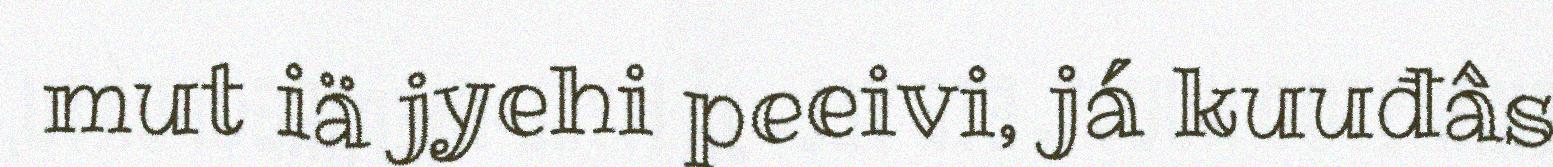
mut iä jyehi peeivi, já kuuđâs